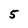
Character: 5